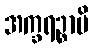
အက္ခရဉ္စာပိ